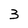
Character: 3